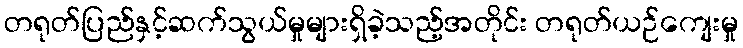
တရုတ်ပြည်နှင့်ဆက်သွယ်မှုများရှိခဲ့သည့်အတိုင်း တရုတ်ယဉ်ကျေးမှု